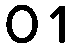
01